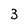
Character: 3